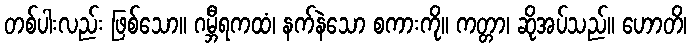
တစ်ပါးလည်း ဖြစ်သော။ ဂမ္ဘီရကထံ၊ နက်နဲသော စကားကို။ ကတ္တာ၊ ဆိုအပ်သည်။ ဟောတိ၊